Report of an investigation into the causes of malaria in Bombay and the measures necessary for its control
Disease focus: Malaria
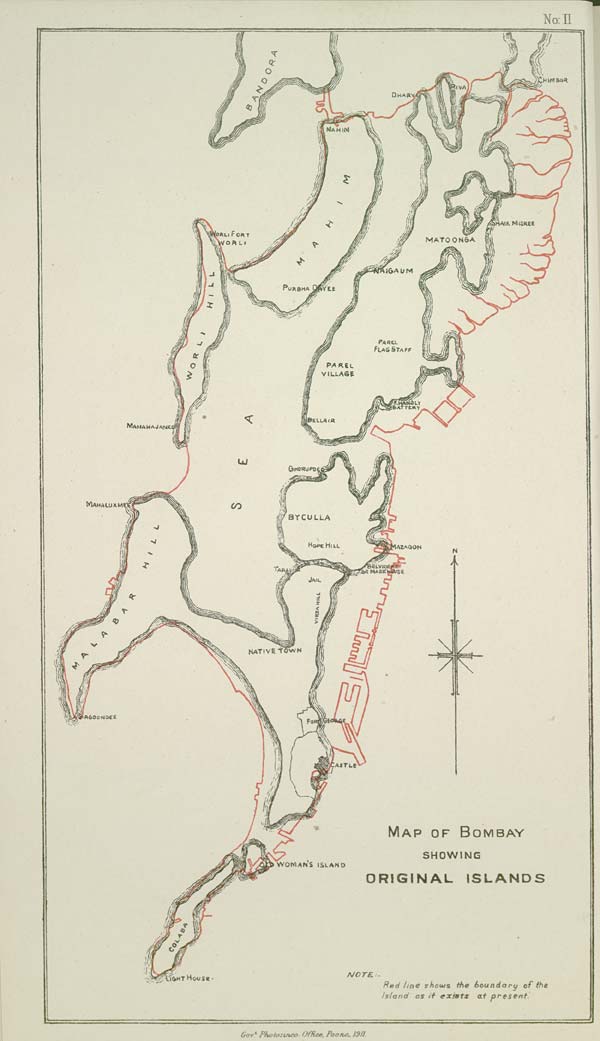
No: II
Govt. Photozinco: Office, Poona, 1911.